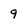
Character: q